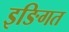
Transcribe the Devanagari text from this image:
इङिगत